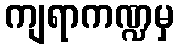
ကျရာကဏ္ဍမှ